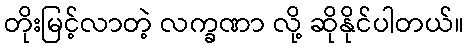
တိုးမြင့်လာတဲ့ လက္ခဏာ လို့ ဆိုနိုင်ပါတယ်။